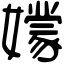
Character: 𡣘